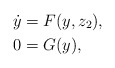
\begin{align*}\dot y &= F(y,z_2), \\0 &= G(y),\end{align*}